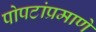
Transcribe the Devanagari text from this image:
पोपटांप्रमाणे